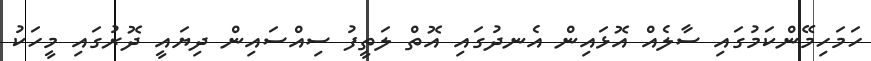
ހަމަހިމޭންކަމުގައި ސާލެއް އޮޅައިން އެނދުގައި އޮތް ލަތީފު ސިއްސައިން ދިޔައީ ދޮރުގައި މީހަކު